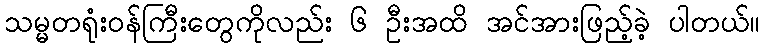
သမ္မတရုံးဝန်ကြီးတွေကိုလည်း ၆ ဦးအထိ အင်အားဖြည့်ခဲ့ ပါတယ်။